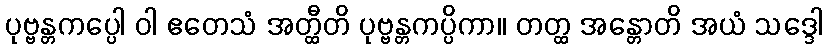
ပုဗ္ဗန္တကပ္ပေါ ဝါ ဧတေသံ အတ္ထီတိ ပုဗ္ဗန္တကပ္ပိကာ။ တတ္ထ အန္တောတိ အယံ သဒ္ဒေါ